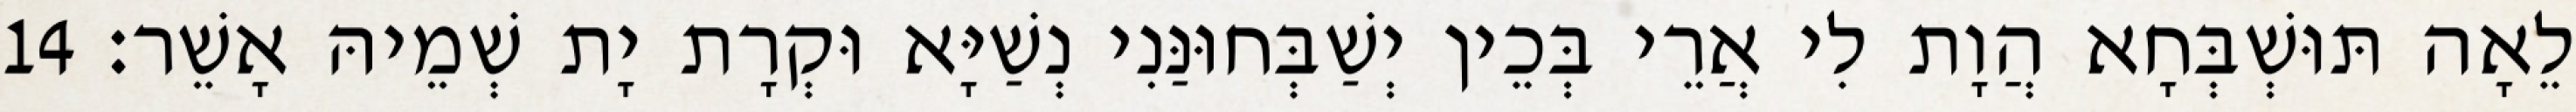
לֵאָה תּוּשְׁבְּחָא הֲוָת לִי אֲרֵי בְּכֵין יְשַׁבְּחוּנַּנִי נְשַׁיָּא וּקְרָת יָת שְׁמֵיהּ אָשֵׁר׃ 14